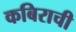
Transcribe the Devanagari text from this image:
कबिराची